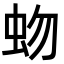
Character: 𧉚